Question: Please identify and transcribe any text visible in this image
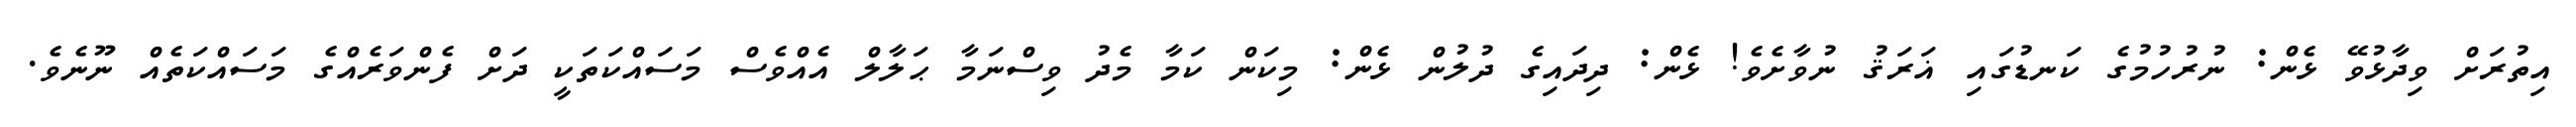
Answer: އިތުރަށް ވިދާޅުވޭ ޅެން: ނުރުހުމުގެ ކަނޑުގައި ޣަރަޤު ނުވާށެވެ! ޅެން: ދިދައިގެ ދުލުން ޅެން: މިކަން ކަމާ މެދު ވިސްނަމާ ޙަލާލް އެއްވެސް މަސައްކަތަކީ ދަށް ފެންވަރެއްގެ މަސައްކަތެއް ނޫނެވެ.